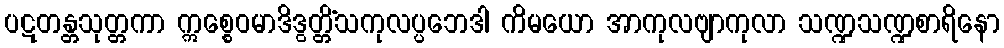
ပဋတန္တသုတ္တကာ ဣစ္စေဝမာဒိဒွတ္တိံသကုလပ္ပဘေဒါ ကိမယော အာကုလဗျာကုလာ သဏ္ဍသဏ္ဍစာရိနော